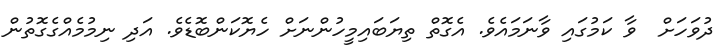
ދުވަހަށް  ވާ ކަމުގައި ވާނަމައެވެ. އެގޮތް ތިޔަބައިމީހުންނަށް ހެޔޮކަންބޮޑެވެ. އަދި ނިމުމެއްގެގޮތުން